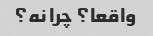
واقعا؟ چرا نه؟